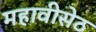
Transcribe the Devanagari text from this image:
महावीसेठ